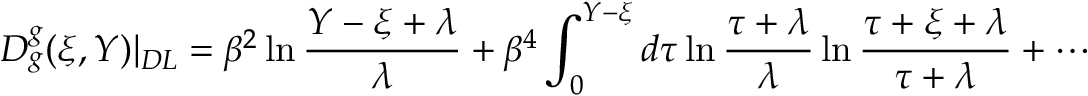
D _ { g } ^ { g } ( \xi , Y ) | _ { D L } = \beta ^ { 2 } \ln \frac { Y - \xi + \lambda } { \lambda } + \beta ^ { 4 } \int _ { 0 } ^ { Y - \xi } d \tau \ln \frac { \tau + \lambda } { \lambda } \ln \frac { \tau + \xi + \lambda } { \tau + \lambda } + \cdots